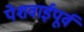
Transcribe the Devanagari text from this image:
पेशवाईपूर्व